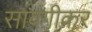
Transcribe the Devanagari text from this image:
सावंगीकर